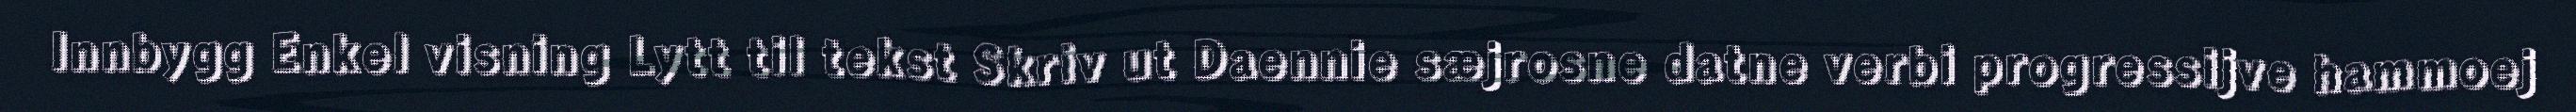
Innbygg Enkel visning Lytt til tekst Skriv ut Daennie sæjrosne datne verbi progressijve hammoej